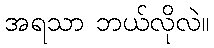
အရသာ ဘယ်လိုလဲ။